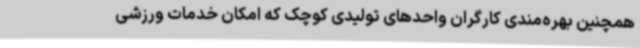
همچنین بهره‌مندی کارگران واحدهای تولیدی کوچک که امکان خدمات ورزشی